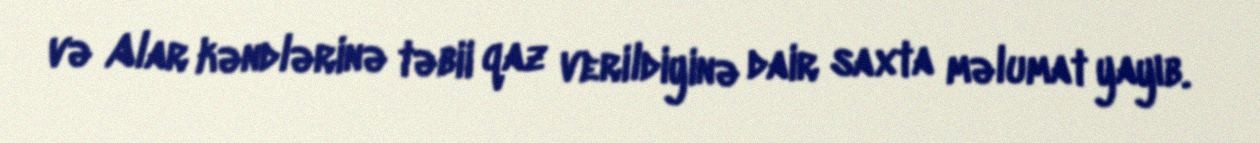
və Alar kəndlərinə təbii qaz verildiyinə dair saxta məlumat yayıb.